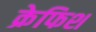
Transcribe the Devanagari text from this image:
क्रेफिश